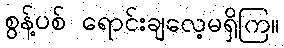
စွန့်ပစ် ရောင်းချလေ့မရှိကြ။